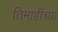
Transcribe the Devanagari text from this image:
तिमाहींच्या